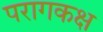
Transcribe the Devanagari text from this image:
परागकक्ष